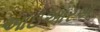
આઇઆરએ